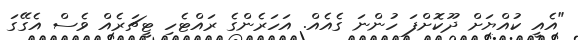
"އެއީ ކުއްޔަށް ދޫކޮށްފަ ހުންނަ ގެއެއް. އަހަރެންގެ ރައްޓެހި ޓީޗަރެއް ވެސް އެގޭގަ